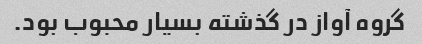
گروه آواز در گذشته بسیار محبوب بود.